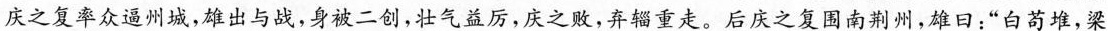
庆之复率众逼州城，雄出与战，身被二创，壮气益厉，庆之败，弃辎重走。后庆之复围南荆州，雄日：”白苟堆，梁